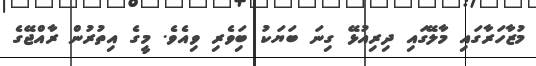
މުޒާހަރާގައި މާލޭގައި ދިރިއުޅޭ ގިނަ ބަޔަކު ބަިވެރި ވިއެވެ. މީގެ އިތުރުން ރާއްޖޭގެ